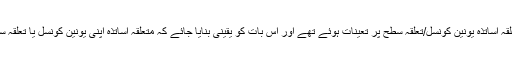
گورنرکا خیال ہے کہ متعلقہ اساتذہ یونین کونسل/تعلقہ سطح پر تعینات ہوئے تھے اور اس بات کو یقینی بنایا جائے کہ متعلقہ اساتذہ اپنی یونین کونسل یا تعلقہ سے تبادلہ نہیں کرائیںگے۔